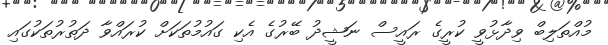
މުއްތަލިބް ވިދާޅުވީ ކުރީގެ ރައީސް ނަޝީދު ބޭރުގެ އެކި ގައުމުތަކަށް ކުރައްވާ ދަތުރުތަކުގައި